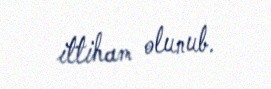
ittiham olunub.